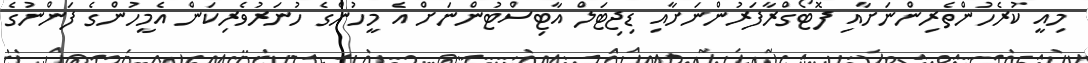
މިއީ ކުރެހުންތެރިންނަށާއި ފޮޓޯގްރާފަރުންނަށާއި ޑިޖިޓަލް އާޓިސްޓުންނަށް އެ މީހުންގެ ހުނަރުވެރިކަން އެމީހުންގެ ފަންނުގެ